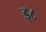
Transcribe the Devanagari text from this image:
इ८